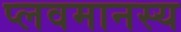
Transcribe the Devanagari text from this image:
प्लवमानस्य